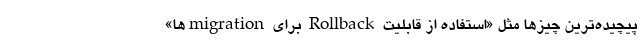
پیچیده‌ترین چیزها مثل «استفاده از قابلیت Rollback برای migrationها»